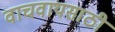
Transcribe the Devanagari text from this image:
वाचवायसाठी